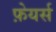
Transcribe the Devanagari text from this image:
फ़ेयर्स